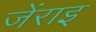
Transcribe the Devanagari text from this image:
जेंराइ